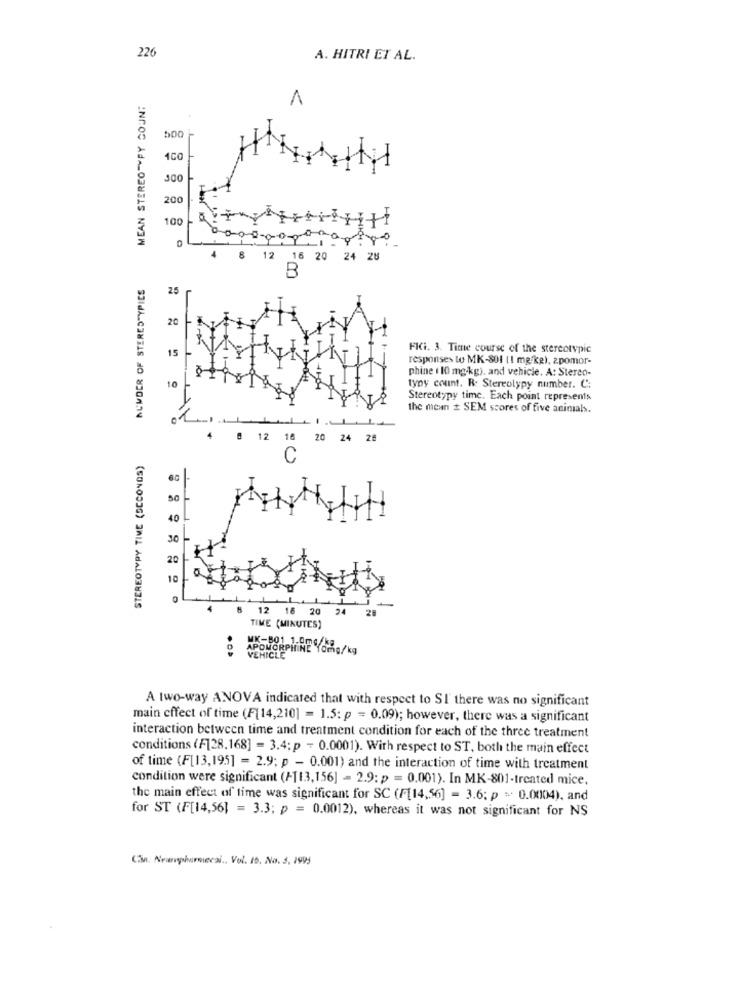
226
A. HITRI ET AL.
MEAN STEREOTYPY COUNT
1
500
100
300
200
100
4 8 12 16 20 24 28
NUMBER OF STERES YPIES
25
20
15
FKi. 3. Time course of the stereotypic
responses to MK-801 (1 mg/kg), 2pomor-
phine ( 10 mg/kg), and vehicle. A: Stereo-
10
typy count. R: Stereotypy number. C:
Stereotypy time. Each point represents
the menn # SEM scores of five animals.
4 8 12 16 20 24 28
STEREOTYPY TIME (SECONDS)
C
50
40
30
20
10
12 18 20
24
28
TIME (MINUTES)
APOMORPHINE Yomg/kg
VEHICLE
A two-way ANOVA indicated that with respect to SI there was no significant
main effect of time (F[14,210] = 1.5: p = 0.09); however, there was a significant
interaction between time and treatment condition for each of the three treatment
conditions (F128.168] = 3.4; p - 0.0001). With respect to ST, both the main effect
of time (F[13,195] = 2.9; p - 0.001) and the interaction of time with treatment
condition were significant (AT13,156] = 2.9: p = 0.001). In MK-801-treated mice,
the main effect of time was significant for SC (F[14,56] = 3.6; p = 0.0004), and
for ST (F[14,56] = 3.3; p = 0.0012), whereas it was not significant for NS
Cin. Newrophurmecai .. Vol. 10. No. 3. 1995